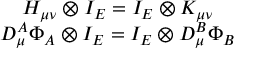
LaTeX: \begin{array} { c } { { H _ { \mu \nu } \otimes I _ { E } = I _ { E } \otimes K _ { \mu \nu } } } \\ { { D _ { \mu } ^ { A } \Phi _ { A } \otimes I _ { E } = I _ { E } \otimes D _ { \mu } ^ { B } \Phi _ { B } } } \end{array}